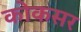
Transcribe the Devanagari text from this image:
कोकसर